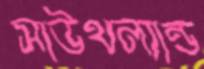
সাউথল্যান্ড